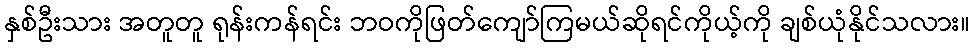
နှစ်ဦးသား အတူတူ ရုန်းကန်ရင်း ဘဝကိုဖြတ်ကျော်ကြမယ်ဆိုရင်ကိုယ့်ကို ချစ်ယုံနိုင်သလား။